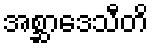
အစ္ဆာဒေသီတိ